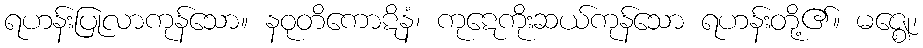
ရဟန်းပြုလာကုန်သော။ နဝုတိကောဋိနံ၊ ကုဋေကိုးဆယ်ကုန်သော ရဟန်းတို့၏။ မဇ္ဈေ၊